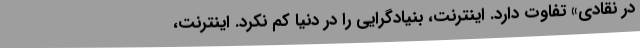
در نقادی» تفاوت دارد. اینترنت، بنیادگرایی را در دنیا کم نکرد. اینترنت،